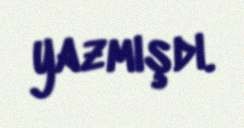
yazmışdı.